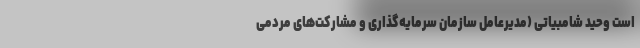
است وحید شامبیاتی (مدیرعامل سازمان سرمایه‌گذاری و مشارکت‌های مردمی